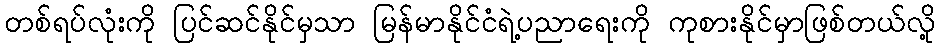
တစ်ရပ်လုံးကို ပြင်ဆင်နိုင်မှသာ မြန်မာနိုင်ငံရဲ့ပညာရေးကို ကုစားနိုင်မှာဖြစ်တယ်လို့